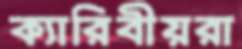
ক্যারিবীয়রা